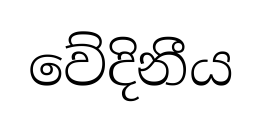
වේදිනීය